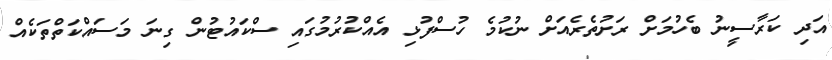
އަދި ކަރާސީނު ބެހުމަށް ރަށުތެރެއަށް ނުކުމެ ހުސްފުޅި އެއްކުރުމުގައި ސްކައުޓުން ގިނަ މަސައްކަތްތަކެއް